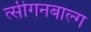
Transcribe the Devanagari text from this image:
त्सीगनबाल्ग